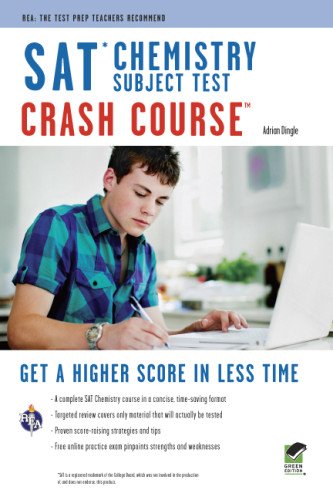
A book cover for SAT Subject TestEE¢: Chemistry Crash Course Book + Online (SAT PSAT ACT (College Admission) Prep); Adrian Dingle; Test Preparation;